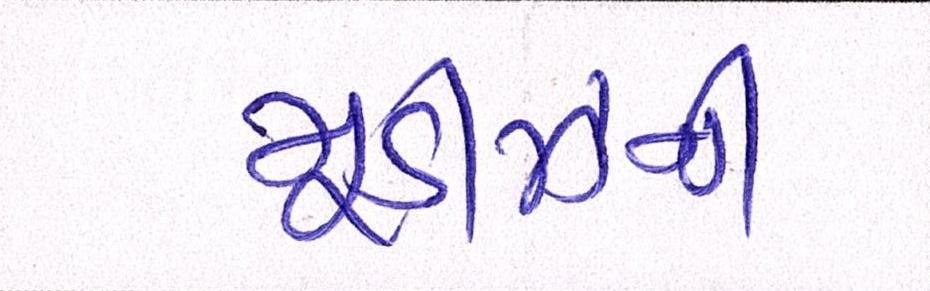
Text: મૂડીઝની